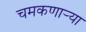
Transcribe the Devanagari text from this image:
चमकणार्‍या